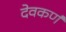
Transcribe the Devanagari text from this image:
देवकर्ण